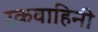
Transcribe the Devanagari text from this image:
रकवाहिनी